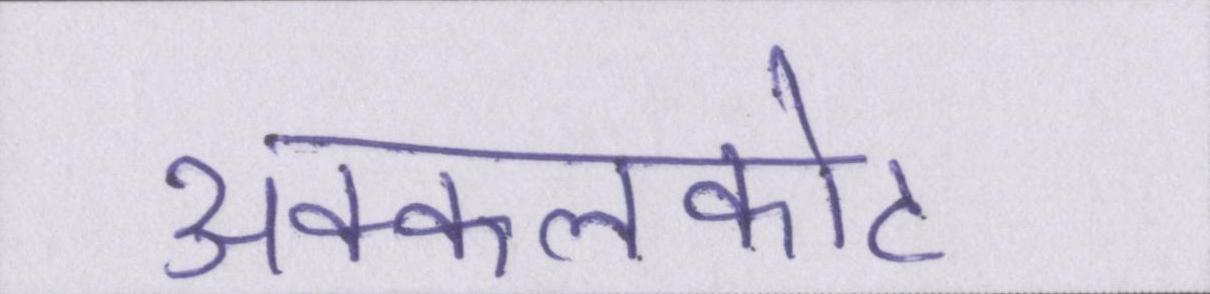
अक्कलकोट